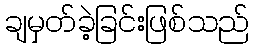
ချမှတ်ခဲ့ခြင်းဖြစ်သည်